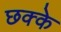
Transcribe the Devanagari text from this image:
छक्‍के